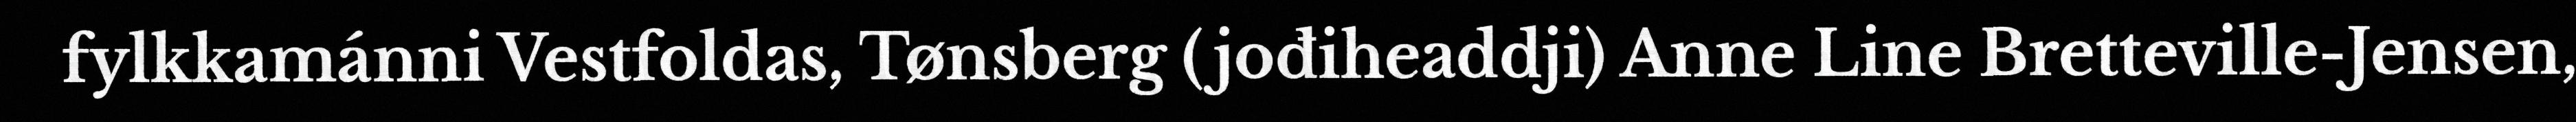
fylkkamánni Vestfoldas, Tønsberg (jođiheaddji) Anne Line Bretteville-Jensen,